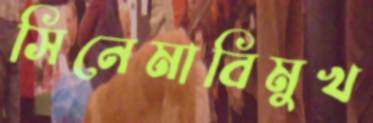
সিনেমাবিমুখ